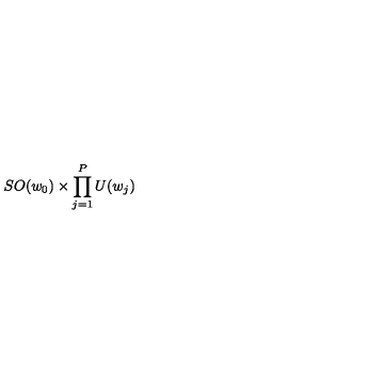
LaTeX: S O ( w _ { 0 } ) \times \prod _ { j = 1 } ^ { P } U ( w _ { j } )